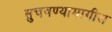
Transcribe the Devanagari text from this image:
सुचवण्यामागील